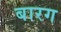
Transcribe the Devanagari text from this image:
बारग